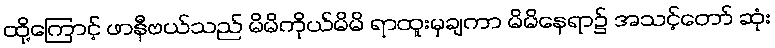
ထို့ကြောင့် ဖာနီဗယ်သည် မိမိကိုယ်မိမိ ရာထူးမှချကာ မိမိနေရာ၌ အသင့်တော် ဆုံး